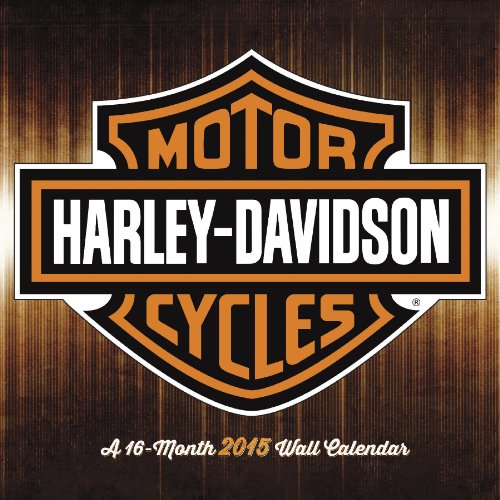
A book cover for Harley Davidson 2015 Premium Wall Calendar; Trends International; Calendars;